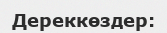
Дереккөздер: